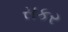
સકર